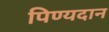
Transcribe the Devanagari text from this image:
पिण्यदान